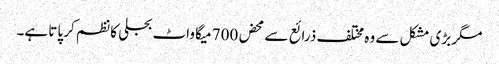
مگر بڑی مشکل سے وہ مختلف ذرائع سے محض 700 میگا واٹ بجلی کا نظم کر پاتا ہے۔